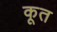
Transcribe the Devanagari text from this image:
कूत